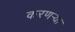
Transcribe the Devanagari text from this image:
करणर्‍या